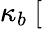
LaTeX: \kappa_{b}~[\